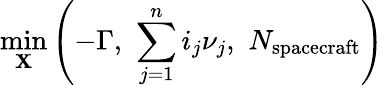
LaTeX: \operatorname*{min}_{\mathbf{X}}\left(-\Gamma,\, \, \sum_{j=1}^{n}i_{j}\nu_{j},\, \, N_{\mathrm{spacecraft}}\right)